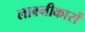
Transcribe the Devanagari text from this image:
लावनीकारों